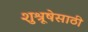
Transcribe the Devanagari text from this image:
शुश्रूषेसाठी